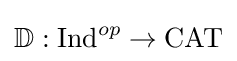
\mathbb {D} :{\text{Ind}}^{op}\to {\text{CAT}}